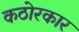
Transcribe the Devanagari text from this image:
कठोरकार